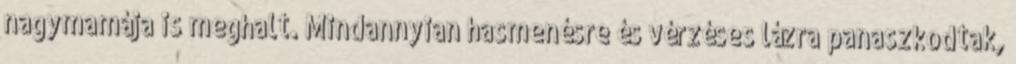
nagymamája is meghalt. Mindannyian hasmenésre és vérzéses lázra panaszkodtak,